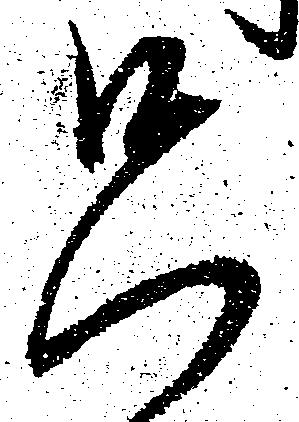
只